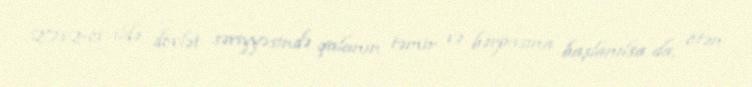
2012-ci ildə dövlət səviyyəsində qalanın təmir və bərpasına başlanılsa da, ötən